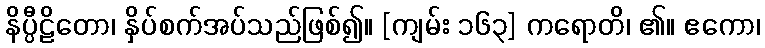
နိပ္ပီဠိတော၊ နှိပ်စက်အပ်သည်ဖြစ်၍။ [ကျမ်း ၁၆၃] ကရောတိ၊ ၏။ ဧကော၊